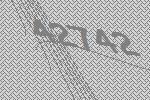
42742